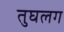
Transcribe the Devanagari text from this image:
तुघलग